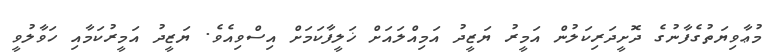
މުޢާވިޔަތުގެފާނުގެ ދޮށީދަރިކަލުން އަމީރު ޔަޒީދު އަމިއްލައަށް ޚަލީފާކަމަށް އިސްވިއެވެ. ޔަޒީދު އަމީރުކަމާއި ހަވާލުވީ